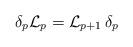
LaTeX: \begin{align*}\delta_p {\cal L}_p = {\cal L}_{p+1} \, \delta_p\end{align*}